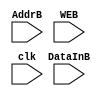
module memoryB( input [1:0] AddrB,
		input WEB,
		input [7:0] DataInB, input clk);

reg [7:0]MemB[0:3];
//reg [7:0] DOut1;

always @(posedge clk)
 begin
  if(WEB)
	MemB[AddrB]=DataInB;
  end 
endmodule